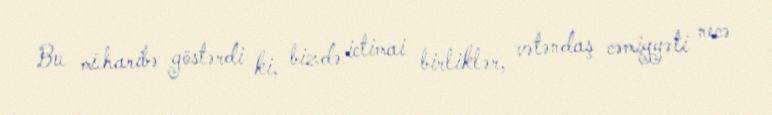
Bu müharibə göstərdi ki, bizdə ictimai birliklər, vətəndaş cəmiyyəti necə